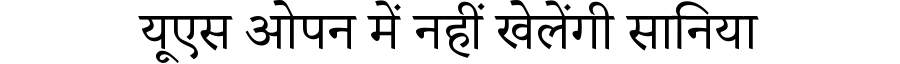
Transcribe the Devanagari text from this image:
यूएस ओपन में नहीं खेलेंगी सानिया